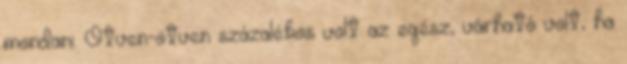
mondani. Ötven-ötven százalékos volt az egész, várható volt, ha